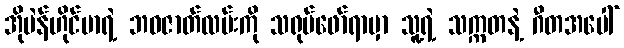
အိုပဲန်ဟိုင်မာရဲ့ ဘဝဇာတ်လမ်းကို သရုပ်ဖော်ရာမှာ သူ့ရဲ့ သက္ကတနဲ့ ဂီတအပေါ်